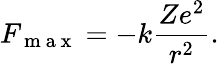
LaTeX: F_{\mathrm{~m~a~x~}}=-k\frac{Ze^{2}}{r^{2}}.